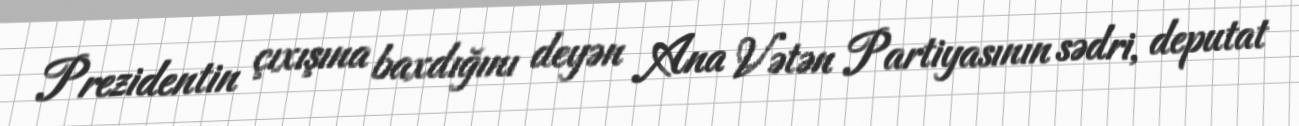
Prezidentin çıxışına baxdığını deyən Ana Vətən Partiyasının sədri, deputat